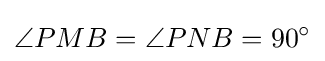
\angle PMB=\angle PNB=90^{\circ }